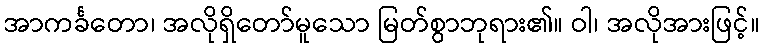
အာကင်္ခတော၊ အလိုရှိတော်မူသော မြတ်စွာဘုရား၏။ ဝါ၊ အလိုအားဖြင့်။